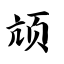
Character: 颃